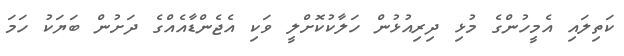
ކަތިލައި އެމީހުންގެ މުޅި ދިރިއުޅުން ހަލާކުކޮށްލީ ވަކި އެޖެންޑާއެއްގެ ދަށުން ބަޔަކު ހަމަ